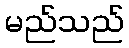
မည်သည်